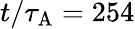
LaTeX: t/\tau_{\mathrm{{A}}}=254